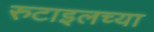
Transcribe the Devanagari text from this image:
रुटाइलच्या